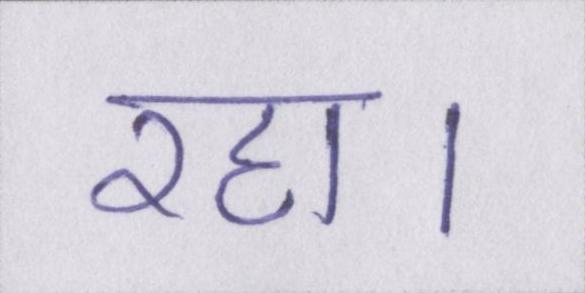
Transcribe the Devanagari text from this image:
रहा।